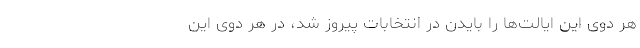
هر دوی این ایالت‌ها را بایدن در انتخابات پیروز شد، در هر دوی این